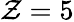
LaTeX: \mathcal{Z}=5